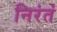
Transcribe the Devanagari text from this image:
निरंतं